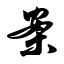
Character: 案